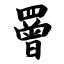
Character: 罾